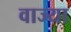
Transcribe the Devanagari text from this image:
वाज्या